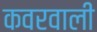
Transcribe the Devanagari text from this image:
कवरवाली